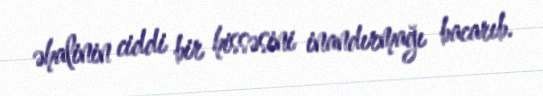
əhalinin ciddi bir hissəsini inandırmağı bacarıb.